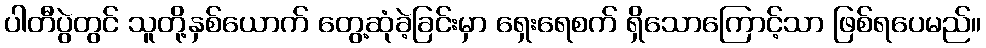
ပါတီပွဲတွင် သူတို့နှစ်ယောက် တွေ့ဆုံခဲ့ခြင်းမှာ ရှေးရေစက် ရှိသောကြောင့်သာ ဖြစ်ရပေမည်။